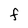
Character: F